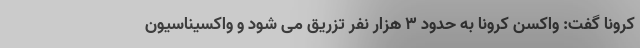
کرونا گفت: واکسن کرونا به حدود ٣ هزار نفر تزریق می شود و واکسیناسیون